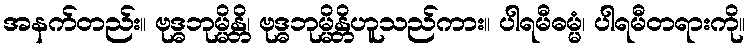
အနက်တည်း။ ဗုဒ္ဓဘုမ္မိန္တိ၊ ဗုဒ္ဓဘုမ္မိန္တိဟူသည်ကား။ ပါရမီဓမ္မံ၊ ပါရမီတရားကို။